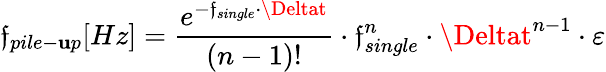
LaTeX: \mathfrak{f}_{pile-\mathbf{u}p}[Hz]=\frac{{e^{-\mathfrak{f}_{single}\cdot\Deltat}}}{{(n-1)!}}\cdot\mathfrak{f}_{single}^{n}\cdot\Deltat^{n-1}\cdot\varepsilon